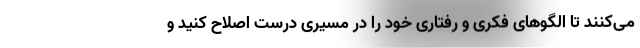
می‌کنند تا الگوهای فکری و رفتاری خود را در مسیری درست اصلاح کنید و